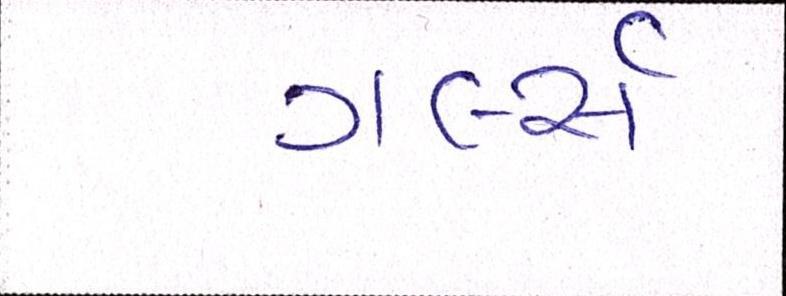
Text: ગર્લ્સ